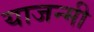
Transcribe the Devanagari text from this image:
याजन्मी